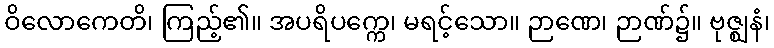
ဝိလောကေတိ၊ ကြည့်၏။ အပရိပက္ကေ၊ မရင့်သော။ ဉာဏေ၊ ဉာဏ်၌။ ဗုဇ္ဈနံ၊